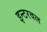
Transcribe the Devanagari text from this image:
इन्टरवल